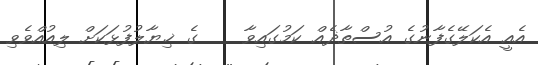
އެއީ އެކަލޭގެފާނުގެ އުސްތާޛެއް ކަމުގައިވާ    ގެ ޚިޔާލުފުޅަކަށް ލިއުއްވެވި